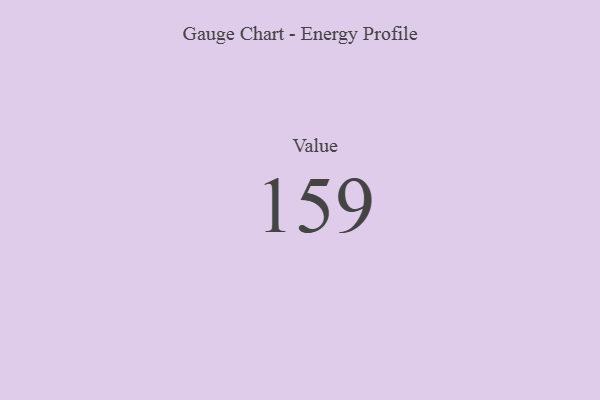
{"axis": {"x": "Metric", "y": "Value"}, "legend": [""], "data": [{"x": "Value", "y": 159, "type": ""}]}